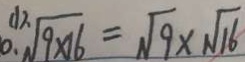
( 1 ) 、 \sqrt { 9 \times 1 6 } = \sqrt { 9 } \times \sqrt { 1 6 }